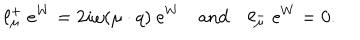
\ell _ { \mu } ^ { + } ~ e ^ { W } = 2 i \omega ( \mu \cdot q ) ~ e ^ { W } \quad \mathrm { a n d } \quad \ell _ { \mu } ^ { - } ~ e ^ { W } = 0 .